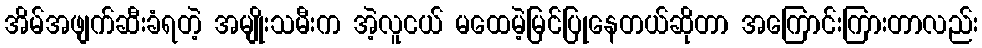
အိမ်အဖျက်ဆီးခံရတဲ့ အမျိုးသမီးက အဲ့လူငယ် မထေမဲ့မြင်ပြုနေတယ်ဆိုတာ အကြောင်းကြားတာလည်း